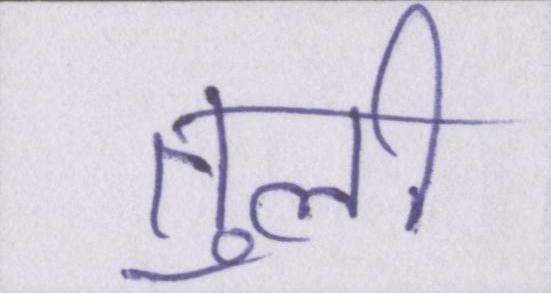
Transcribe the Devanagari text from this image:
तुली